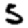
Digit: 5